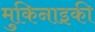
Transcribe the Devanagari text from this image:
मुकिनाइकी